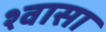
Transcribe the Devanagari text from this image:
श्वासा